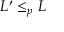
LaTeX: L ^ { \prime } \leq _ { p } L